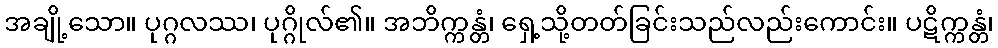
အချို့သော။ ပုဂ္ဂလဿ၊ ပုဂ္ဂိုလ်၏။ အဘိက္ကန္တံ၊ ရှေ့သို့တတ်ခြင်းသည်လည်းကောင်း။ ပဋိက္ကန္တံ၊